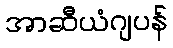
အာဆီယံဂျပန်